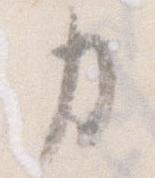
力